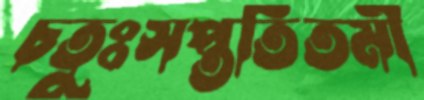
চতুঃসপ্ততিতমী